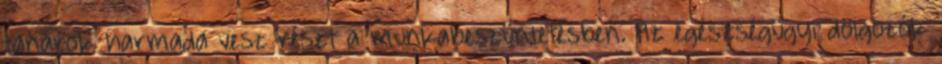
tanárok harmada vesz részt a munkabeszüntetésben. Az egészségügyi dolgozók